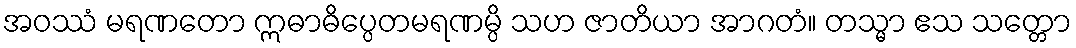
အဝဿံ မရဏတော ဣဓာဓိပ္ပေတမရဏမ္ပိ သဟ ဇာတိယာ အာဂတံ။ တသ္မာ ဧသ သတ္တော